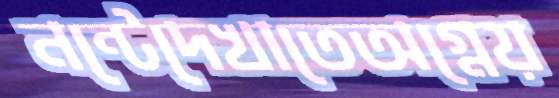
নন্টেদেখাতেঅগ্নেয়